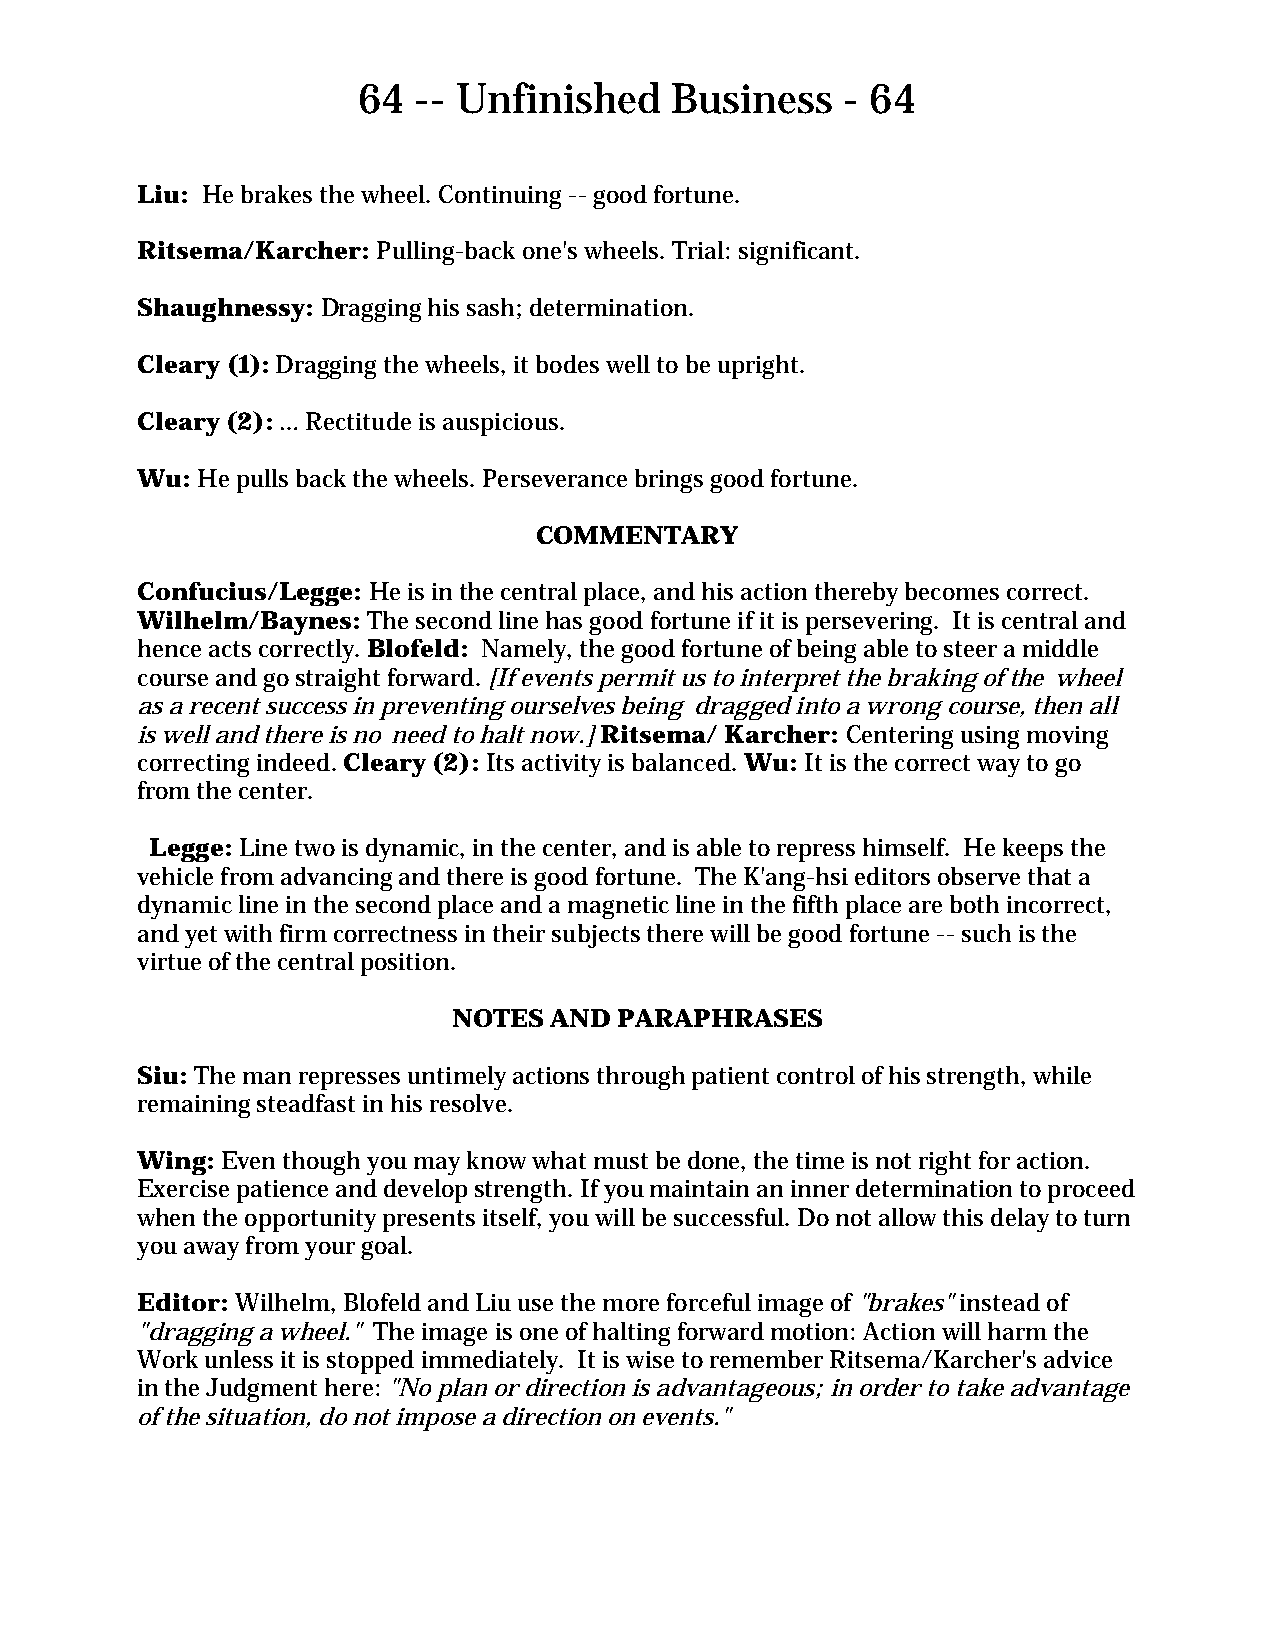
64  -- Unfinished   Business    - 64
 Liu: He brakes the wheel. Continuing -- good fortune.
 Ritsema/Karcher: Pulling-back one's wheels. Trial: significant.
 Shaughnessy: Dragging his sash; determination.
 Cleary (1): Dragging the wheels, it bodes well to be upright.
 Cleary (2): … Rectitude is auspicious.
 Wu: He pulls back the wheels. Perseverance brings good fortune.
 COMMENTARY
 Confucius/Legge: He is in the central place, and his action thereby becomes correct.
 Wilhelm/Baynes: The second line has good fortune if it is persevering. It is central and
 hence acts correctly. Blofeld: Namely, the good fortune of being able to steer a middle
 course and go straight forward. [If events permit us to interpret the braking of the wheel
 as a recent success in preventing ourselves being dragged into a wrong course, then all
 is well and there is no need to halt now.] Ritsema/ Karcher: Centering using moving
 correcting indeed. Cleary (2): Its activity is balanced. Wu: It is the correct way to go
 from the center.
 Legge: Line two is dynamic, in the center, and is able to repress himself. He keeps the
 vehicle from advancing and there is good fortune. The K'ang-hsi editors observe that a
 dynamic line in the second place and a magnetic line in the fifth place are both incorrect,
 and yet with firm correctness in their subjects there will be good fortune -- such is the
 virtue of the central position.
 NOTES AND  PARAPHRASES
 Siu: The man represses untimely actions through patient control of his strength, while
 remaining steadfast in his resolve.
 Wing: Even though you may know what must be done, the time is not right for action.
 Exercise patience and develop strength. If you maintain an inner determination to proceed
 when the opportunity presents itself, you will be successful. Do not allow this delay to turn
 you away from your goal.
 Editor: Wilhelm, Blofeld and Liu use the more forceful image of "brakes" instead of
 "dragging a wheel." The image is one of halting forward motion: Action will harm the
 Work unless it is stopped immediately. It is wise to remember Ritsema/Karcher's advice
 in the Judgment here: "No plan or direction is advantageous; in order to take advantage
 of the situation, do not impose a direction on events."